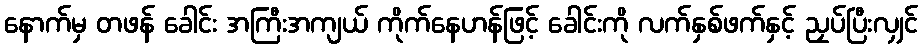
နောက်မှ တဖန် ခေါင်း အကြီးအကျယ် ကိုက်နေဟန်ဖြင့် ခေါင်းကို လက်နှစ်ဖက်နှင့် ညှပ်ပြီးလျှင်